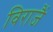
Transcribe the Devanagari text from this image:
विराजैं